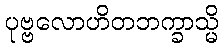
ပုဗ္ဗလောဟိတဘက္ခာသ္မိ